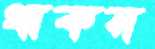
থাকস